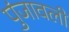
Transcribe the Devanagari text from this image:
पुंजावली